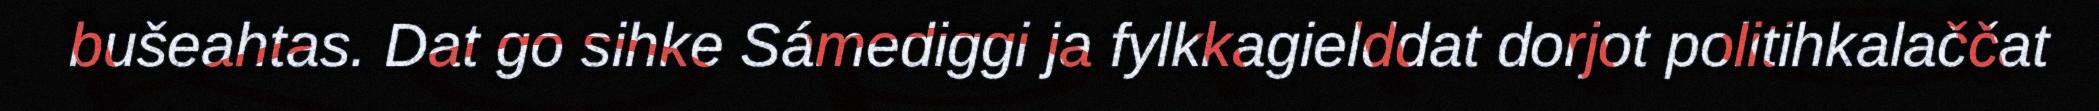
bušeahtas. Dat go sihke Sámediggi ja fylkkagielddat dorjot politihkalaččat